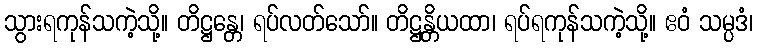
သွားရကုန်သကဲ့သို့။ တိဋ္ဌန္တေ၊ ရပ်လတ်သော်။ တိဋ္ဌန္တိယထာ၊ ရပ်ရကုန်သကဲ့သို့။ ဧဝံ သမ္ပဒံ၊